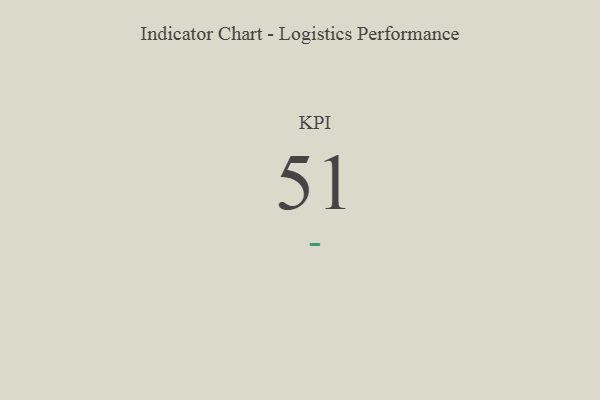
{"axis": {"x": "KPI", "y": "Value"}, "legend": [""], "data": [{"x": "KPI", "y": 51, "type": ""}]}